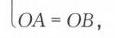
\(OA = OB\)